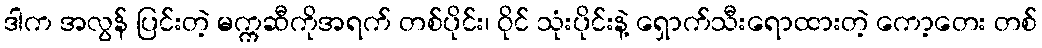
ဒါက အလွန် ပြင်းတဲ့ မက္ကဆီကိုအရက် တစ်ပိုင်း၊ ဝိုင် သုံးပိုင်းနဲ့ ရှောက်သီးရောထားတဲ့ ကော့တေး တစ်